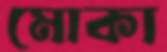
মোকা